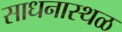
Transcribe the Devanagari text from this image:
साधनास्थळ